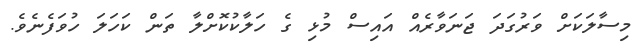
މިސާލަކަށް ވަރުގަދަ ޖަނަވާރެއް އައިސް މުޅި ގެ ހަލާކުކޮށްލާ ތަން ކަހަލަ ހުވަފެނެވެ.